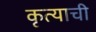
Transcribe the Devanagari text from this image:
कृत्याची